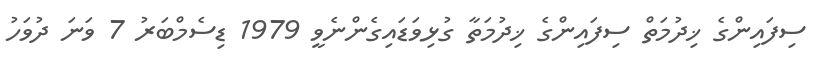
ސިފައިންގެ ޚިދުމަތް ސިފައިންގެ ޚިދުމަތާ ގުޅިވަޑައިގެންނެވީ 1979 ޑިސެމްބަރު 7 ވަނަ ދުވަހު